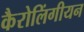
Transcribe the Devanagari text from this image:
कैरोलिंगीयन